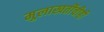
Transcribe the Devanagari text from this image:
मुलाखतींचीही